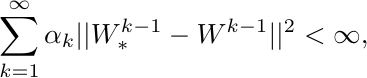
\begin{equation*}
    \sum^{\infty}_{k=1} \alpha_{k} ||W^{k-1}_{*}-W^{k-1}||^2 < \infty,
\end{equation*}